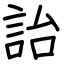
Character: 詒